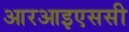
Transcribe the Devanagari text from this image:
आरआइएससी